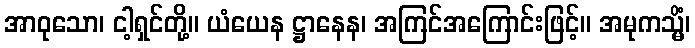
အာဝုသော၊ ငါ့ရှင်တို့။ ယံယေန ဋ္ဌာနေန၊ အကြင်အကြောင်းဖြင့်။ အမုကသ္မိံ၊